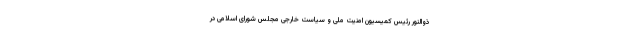
ذوالنور رئیس‌ کمیسیون امنیت ملی و سیاست خارجی مجلس شورای اسلامی در